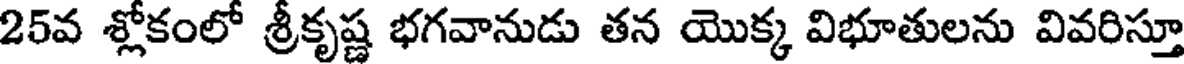
25వ శ్లోకంలో శ్రీకృష్ణ భగవానుడు తన యొక్క విభూతులను వివరిస్తూ